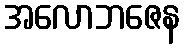
အလောဘဇေန